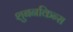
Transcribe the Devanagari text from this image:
शुबनकिन्स